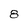
Character: 8